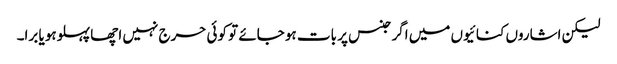
لیکن اشاروں کنائیوں میں اگر جنس پر بات ہو جائے تو کوئی حرج نہیں اچھا پہلوہو یا برا۔